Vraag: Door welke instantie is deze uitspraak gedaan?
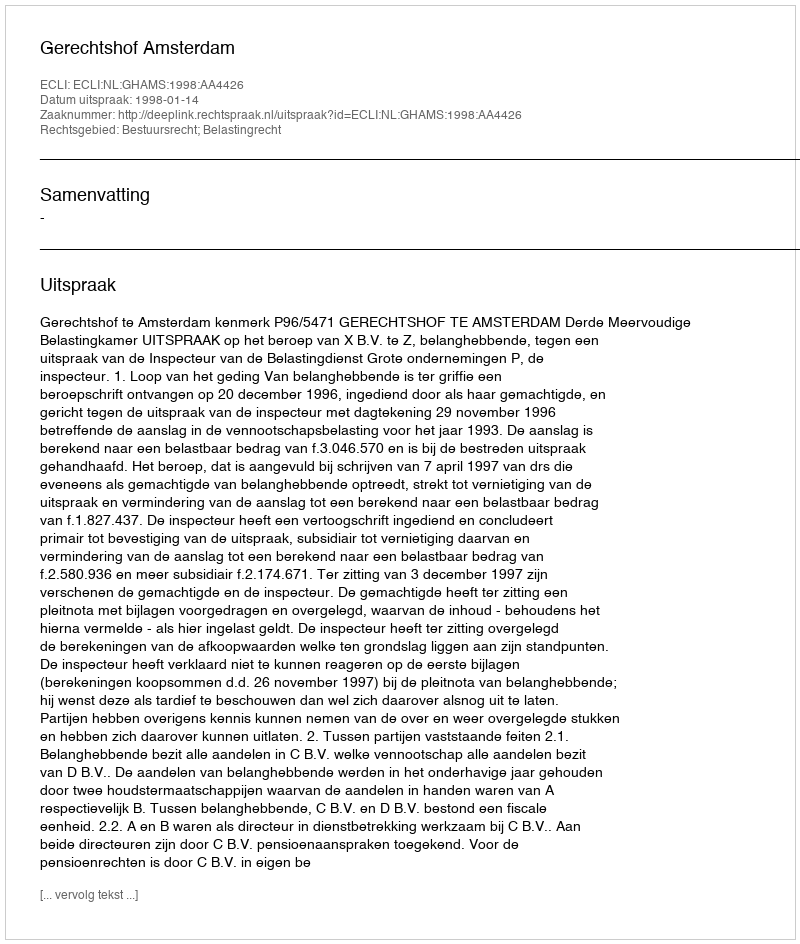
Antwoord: Gerechtshof Amsterdam